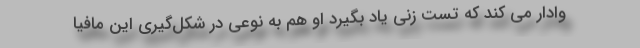
وادار می کند که تست زنی یاد بگیرد او هم به نوعی در شکل‌گیری این مافیا